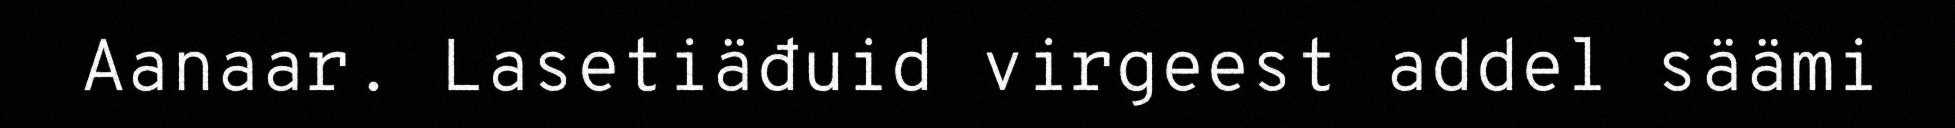
Aanaar. Lasetiäđuid virgeest addel säämi